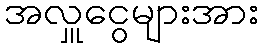
အလှူငွေများအား